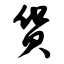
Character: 货